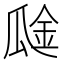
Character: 𰢞